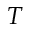
T